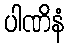
ပါဏိနံ